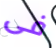
فى